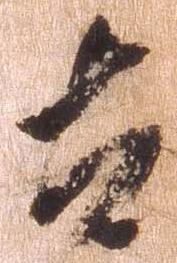
太